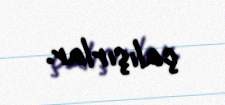
çalışırlar.